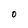
Character: O